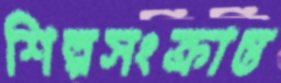
শিল্পসংক্রান্ত